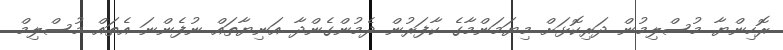
ރޮހިންޔާ މުސްލިމުން ދަރިކޮޅަށް މިޔަމަންމާގެ ކާފަރުން ދެމުންގެންދާ އަނިޔާތައް ނުފެންނަ އެތައް މުސްލިމް